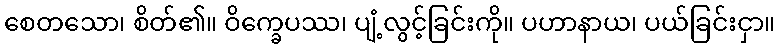
စေတသော၊ စိတ်၏။ ဝိက္ခေပဿ၊ ပျံ့လွင့်ခြင်းကို။ ပဟာနာယ၊ ပယ်ခြင်းငှာ။